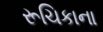
રૂચિકાના